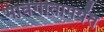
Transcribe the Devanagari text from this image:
भावगीतापर्यंत